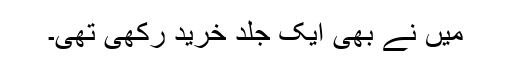
میں نے بھی ایک جلد خرید رکھی تھی۔